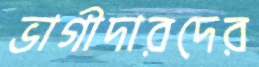
ভাগীদারদের